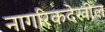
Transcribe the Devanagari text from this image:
नागरिकदेखील